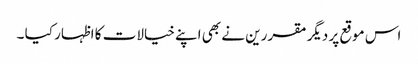
اس موقع پر دیگر مقررین نے بھی اپنے خیالات کا اظہار کیا ۔